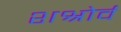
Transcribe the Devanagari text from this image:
शश्रोर्व